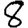
Digit: 8